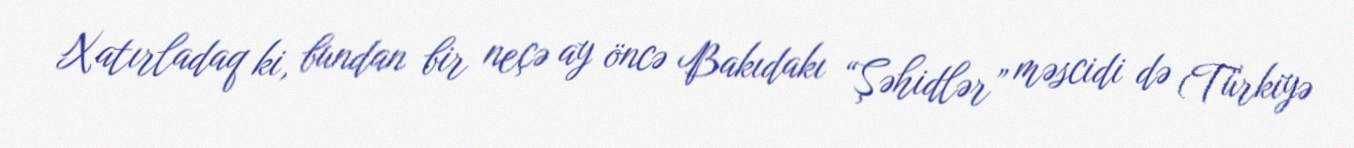
Xatırladaq ki, bundan bir neçə ay öncə Bakıdakı “Şəhidlər” məscidi də (Türkiyə